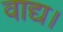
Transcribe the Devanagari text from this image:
वाद्य।